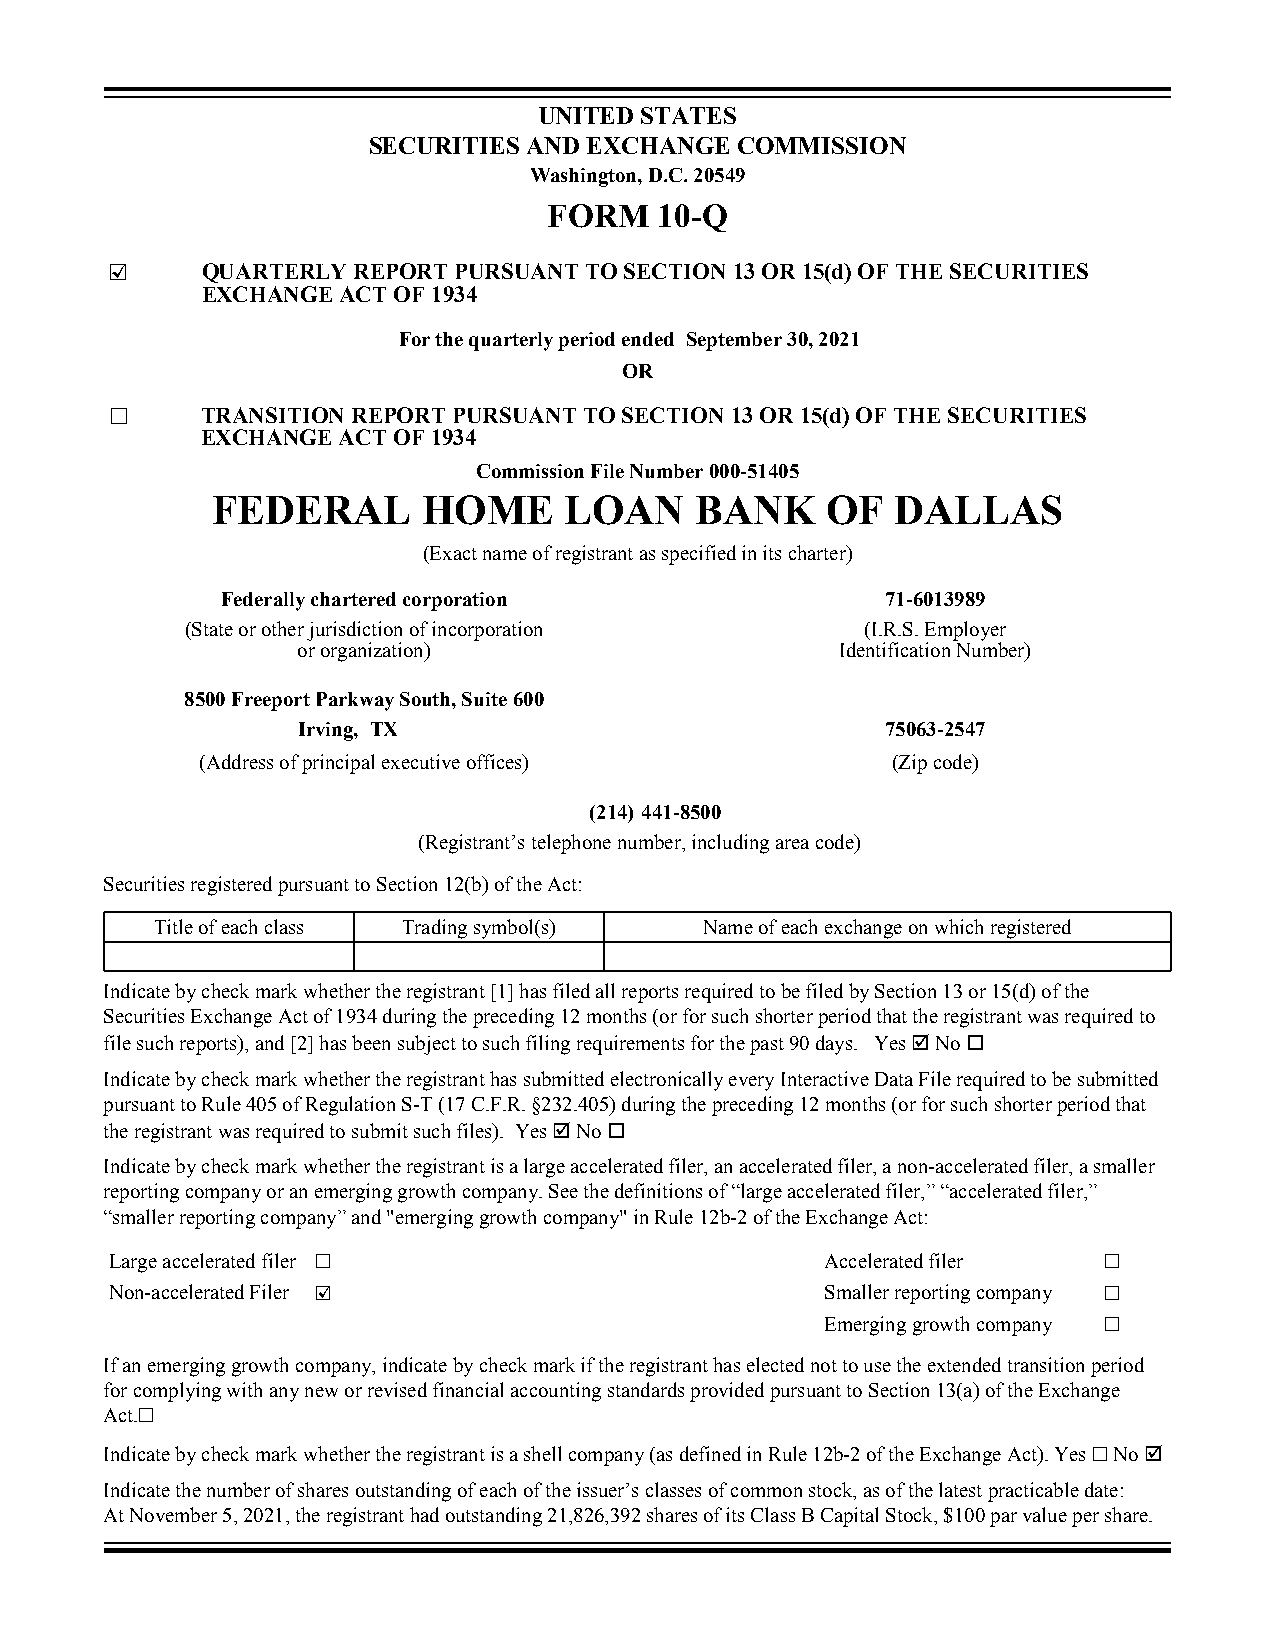
UNITED STATES
 SECURITIES AND EXCHANGE  COMMISSION
 Washington, D.C. 20549
 FORM    10-Q
 ☑     QUARTERLY REPORT PURSUANT TO SECTION 13 OR 15(d) OF THE SECURITIES
 EXCHANGE ACT OF 1934
 For the quarterly period ended September 30, 2021
 OR
 ☐     TRANSITION REPORT PURSUANT TO SECTION 13 OR 15(d) OF THE SECURITIES
 EXCHANGE ACT OF 1934
 Commission File Number 000-51405
 FEDERAL       HOME     LOAN     BANK     OF  DALLAS
 (Exact name of registrant as specified in its charter)
 Federally chartered corporation             71-6013989
 (State or other jurisdiction of incorporation (I.R.S. Employer
 or organization)                    Identification Number)
 8500 Freeport Parkway South, Suite 600
 Irving, TX                             75063-2547
 (Address of principal executive offices)      (Zip code)
 (214) 441-8500
 (Registrant’s telephone number, including area code)
 Securities registered pursuant to Section 12(b) of the Act:
 Title of each class Trading symbol(s) Name of each exchange on which registered
 Indicate by check mark whether the registrant [1] has filed all reports required to be filed by Section 13 or 15(d) of the
 Securities Exchange Act of 1934 during the preceding 12 months (or for such shorter period that the registrant was required to
 file such reports), and [2] has been subject to such filing requirements for the past 90 days. Yes þ No o
 Indicate by check mark whether the registrant has submitted electronically every Interactive Data File required to be submitted
 pursuant to Rule 405 of Regulation S-T (17 C.F.R. §232.405) during the preceding 12 months (or for such shorter period that
 the registrant was required to submit such files). Yes þ No o
 Indicate by check mark whether the registrant is a large accelerated filer, an accelerated filer, a non-accelerated filer, a smaller
 reporting company or an emerging growth company. See the definitions of “large accelerated filer,” “accelerated filer,”
 “smaller reporting company” and "emerging growth company" in Rule 12b-2 of the Exchange Act:
 Large accelerated filer ☐                       Accelerated filer ☐
 Non-accelerated Filer ☑                         Smaller reporting company ☐
 Emerging growth company ☐
 If an emerging growth company, indicate by check mark if the registrant has elected not to use the extended transition period
 for complying with any new or revised financial accounting standards provided pursuant to Section 13(a) of the Exchange
 Act.☐
 Indicate by check mark whether the registrant is a shell company (as defined in Rule 12b-2 of the Exchange Act). Yes ☐ No þ
 Indicate the number of shares outstanding of each of the issuer’s classes of common stock, as of the latest practicable date:
 At November 5, 2021, the registrant had outstanding 21,826,392 shares of its Class B Capital Stock, $100 par value per share.